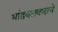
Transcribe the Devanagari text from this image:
भांडवलवादाचे